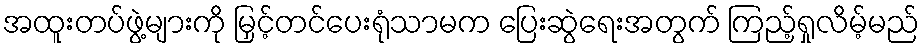
အထူးတပ်ဖွဲ့များကို မြှင့်တင်ပေးရုံသာမက ပြေးဆွဲရေးအတွက် ကြည့်ရှုလိမ့်မည်